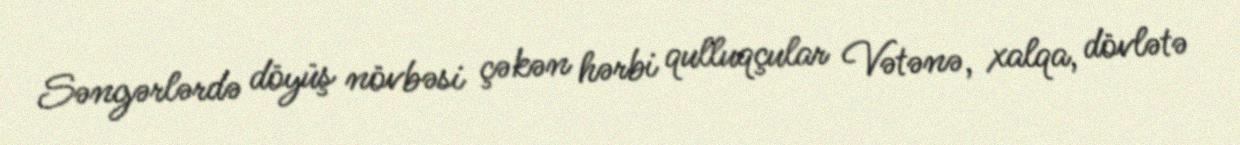
Səngərlərdə döyüş növbəsi çəkən hərbi qulluqçular Vətənə, xalqa, dövlətə